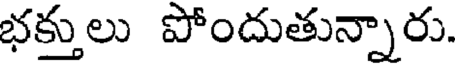
భక్తులు పోందుతున్నారు.